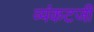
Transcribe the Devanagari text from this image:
व्यंकटजी